画像に写った文字を読んでください
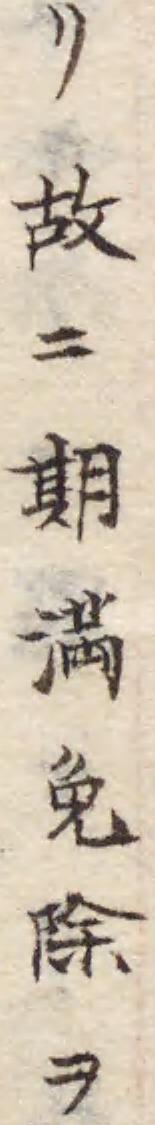
「リ故ニ期満免除ヲ」と書いてあります